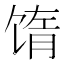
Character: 𬳅